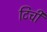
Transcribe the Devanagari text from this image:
टिची